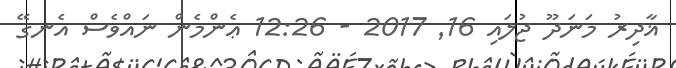
ޣާދިރު މަނަދޫ ޖުލައި 16